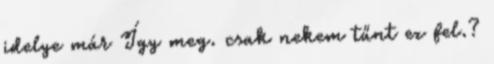
idelye már Így meg. csak nekem tűnt ez fel.?